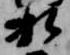
相